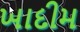
ખાદીમ